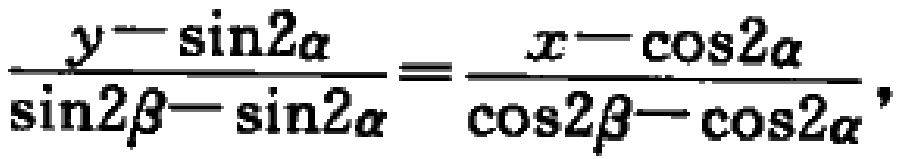
\(\frac{y - \sin2\alpha}{\sin2\beta - \sin2\alpha}=\frac{x - \cos2\alpha}{\cos2\beta - \cos2\alpha}\)